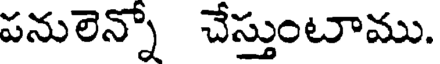
పనులెన్నో చేస్తుంటాము.